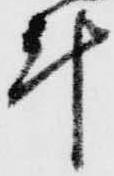
計